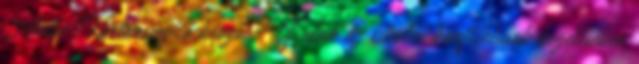
Anita Kortárssegítő képző. Új utak az iskolai konfliktusok kezelésében